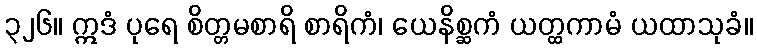
၃၂၆။ ဣဒံ ပုရေ စိတ္တမစာရိ စာရိကံ၊ ယေနိစ္ဆကံ ယတ္ထကာမံ ယထာသုခံ။